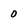
Character: 0